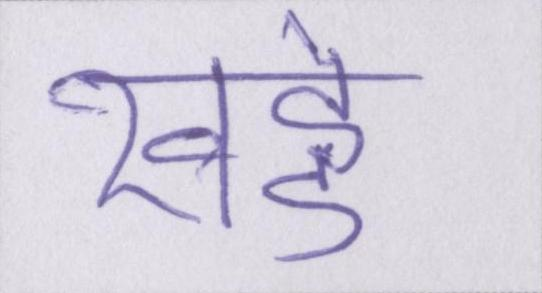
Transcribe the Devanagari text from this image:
खड्डे